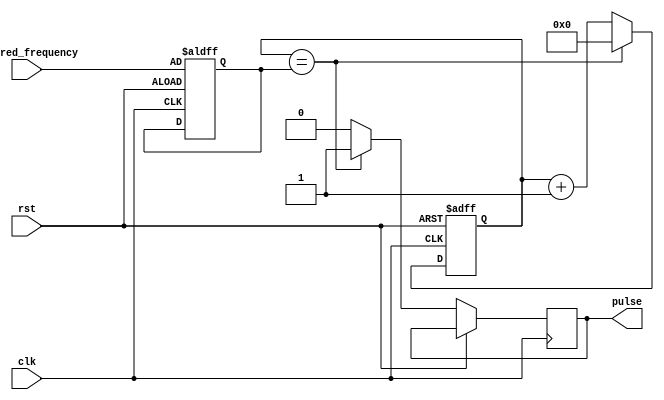
module pulse_generator(
    input clk,
    input rst,
    input [7:0] desired_frequency,
    output reg pulse
);

reg [7:0] counter;
reg [7:0] reload_value;

always @ (posedge clk or posedge rst) begin
    if (rst) begin
        counter <= 8'h00;
        reload_value <= desired_frequency;
    end else begin
        if (counter == reload_value) begin
            counter <= 8'h00;
            pulse <= 1;
        end else begin
            counter <= counter + 1;
            pulse <= 0;
        end
    end
end 

endmodule